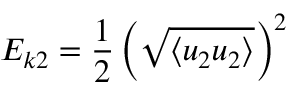
E _ { k 2 } = \frac { 1 } { 2 } \left( \sqrt { \left\langle u _ { 2 } u _ { 2 } \right\rangle } \right) ^ { 2 }